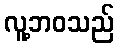
လူ့ဘဝသည်